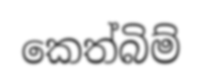
කෙත්බිම්